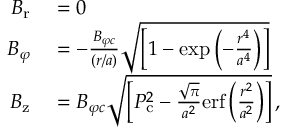
\begin{array} { r l } { B _ { \mathrm { r } } } & { { } = 0 } \\ { B _ { \varphi } } & { { } = - \frac { B _ { \varphi c } } { ( r / a ) } \sqrt { \left[ 1 - \mathrm { e x p } \left( - \frac { r ^ { 4 } } { a ^ { 4 } } \right) \right] } } \\ { B _ { \mathrm { z } } } & { { } = B _ { \varphi c } \sqrt { \left[ P _ { \mathrm { c } } ^ { 2 } - \frac { \sqrt { \pi } } { a ^ { 2 } } \mathrm { e r f } \left( \frac { r ^ { 2 } } { a ^ { 2 } } \right) \right] } \, , } \end{array}